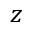
z